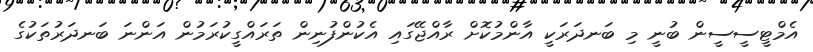
އެމްޓީސީސީން ބުނީ މި ބަނދަރަކީ އާންމުކޮށް ރާއްޖޭގައި އެކުންފުނިން ތަރައްގީކުރަމުން އަންނަ ބަނދަރުތަކުގެ